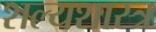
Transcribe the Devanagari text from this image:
शल्यशास्त्र